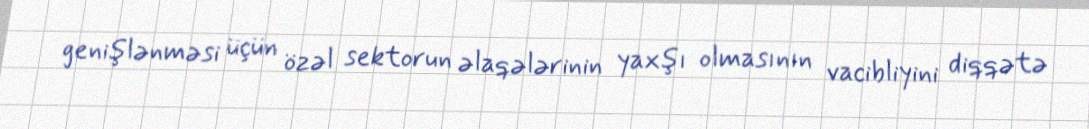
genişlənməsi üçün özəl sektorun əlaqələrinin yaxşı olmasının vacibliyini diqqətə